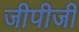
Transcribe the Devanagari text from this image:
जीपीजी